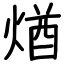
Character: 煪